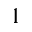
^ 1